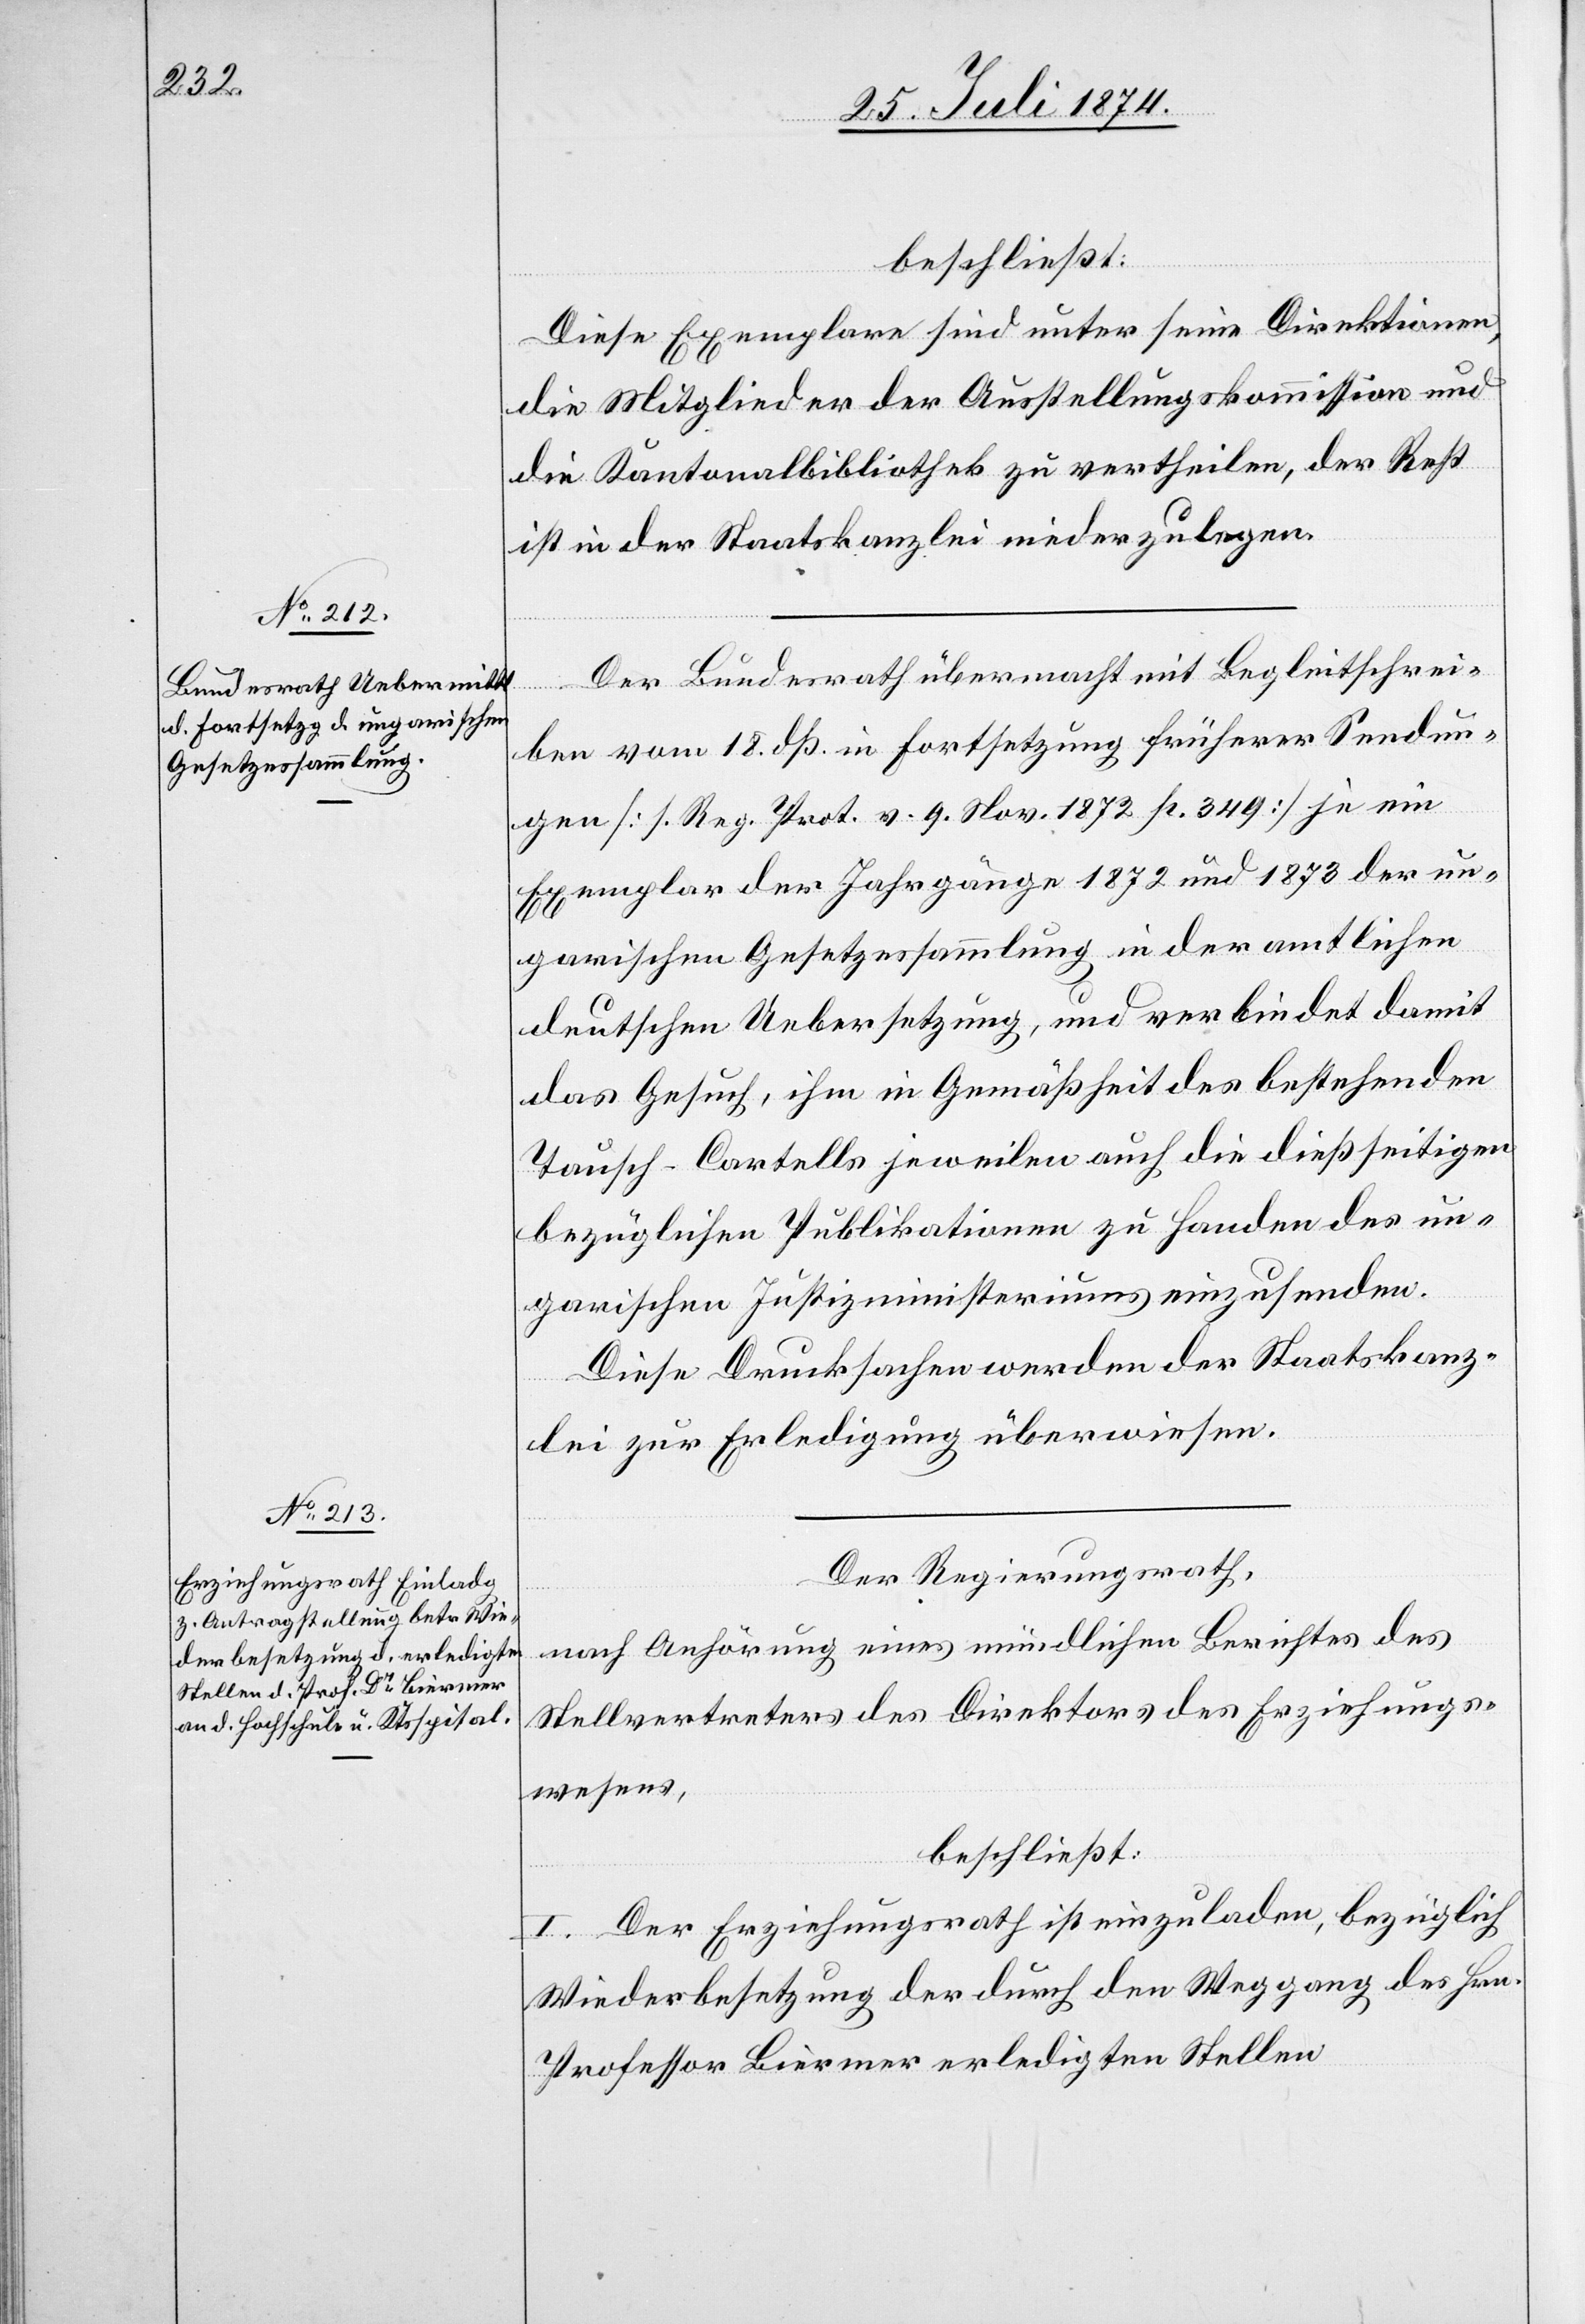
beschließt:
Diese Exemplare sind unter seine Direktionen,
die Mitglieder der Ausstellungskommission und
die Kantonalbibliothek zu vertheilen, der Rest
ist in der Staatskanzlei niederzulegen.
Der Bundesrath übermacht mit Begleitschrei¬
ben vom 18. dß. in Fortsetzung früherer Sendun¬
gen [s. Reg. Prot v. 9. Nov. 1872 p. 349] je ein
Exemplar der Jahrgänge 1872 und 1873 der un¬
garischen Gesetzessammlung in der amtlichen
deutschen Uebersetzung, und verbindet damit
das Gesuch, ihm in Gemäßheit des bestehenden
Tausch-Cartells jeweilen auch die dießseitigen
bezüglichen Publikationen zu Handen des un¬
garischen Justizministeriums einzusenden.
Diese Drucksachen werden der Staatskanz¬
lei zur Erledigung überwiesen.
Der Regierungsrath,
nach Anhörung eines mündlichen Berichtes des
Stellvertreters des Direktors des Erziehungs¬
wesens,
beschließt:
I. Der Erziehungsrath ist einzuladen, bezüglich
Wiederbesetzung der durch den Weggang des Hrn.
Professor Biermer erledigten Stellen